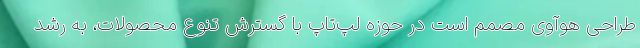
طراحی هوآوی مصمم است در حوزه لپ‌تاپ با گسترش تنوع محصولات، به رشد